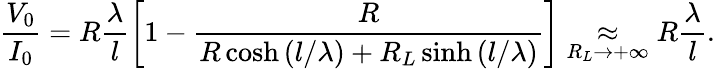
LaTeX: \frac{V_{0}}{I_{0}}=R\frac{\lambda}{l}\left[1-\frac{R}{R\cosh\left(l/\lambda\right)+R_{L}\sinh\left(l/\lambda\right)}\right]\underset{R_{L}\rightarrow+\infty}{\approx}R\frac{\lambda}{l}.